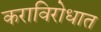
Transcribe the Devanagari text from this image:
कराविरोधात